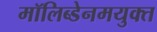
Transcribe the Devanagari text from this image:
मॉलिब्डेनमयुक्त